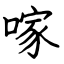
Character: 𠺢